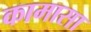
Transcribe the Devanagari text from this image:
कामासा